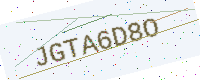
Text: JGTA6D8O